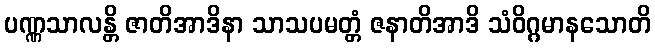
ပဏ္ဏသာလန္တိ ဇာတိအာဒိနာ သာသပမတ္တံ ဇနာတိအာဒိ သံဝိဂ္ဂမာနသောတိ